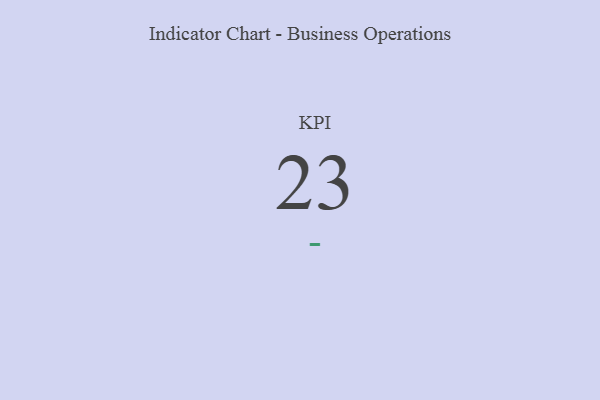
{"axis": {"x": "KPI", "y": "Value"}, "legend": [""], "data": [{"x": "KPI", "y": 23, "type": ""}]}